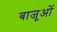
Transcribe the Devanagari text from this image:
बाजूओं